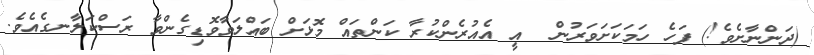
(ދަންނާށެވެ!) ފަހެ ހަމަކަށަވަރުން  އީ އެއުރެންކުރާ ކަންތައް މޮޅަށް ބައްލަވާވޮޑިގެންވާ ރަސްކަލާނގެއެވެ.